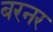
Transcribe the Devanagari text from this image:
बरनर